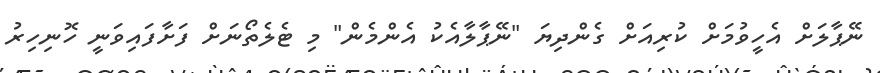
ނޭޕާލަށް އެހީވުމަށް ކުރިއަށް ގެންދިޔަ "ނޭޕާލާއެކު އެންމެން" މި ޓެލެތޯނަށް ފަށާފައިވަނީ ހޮނިހިރު